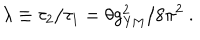
LaTeX: \lambda \equiv \tau _ { 2 } / \tau _ { 1 } = \theta g _ { \mathrm { Y M } } ^ { 2 } / 8 \pi ^ { 2 } ~ .